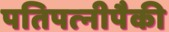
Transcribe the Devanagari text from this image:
पतिपत्‍नीपैकी